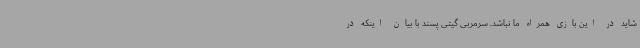
شاید در این بازی همراه ما نباشد. سرمربی گیتی پسند با بیان اینکه در